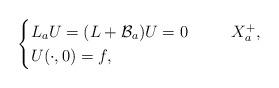
LaTeX: \begin{align*} \begin{cases} L_a U = (L + \mathcal B_a) U = 0\ \ \ \ \ \ \ \ X_a^+, \\ U(\cdot ,0) = f , \end{cases} \end{align*}